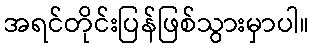
အရင်တိုင်းပြန်ဖြစ်သွားမှာပါ။